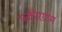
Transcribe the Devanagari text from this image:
फकीरग्राम